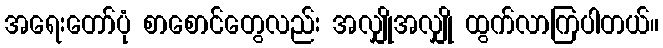
အရေးတော်ပုံ စာစောင်တွေလည်း အလျှိုအလျှို ထွက်လာကြပါတယ်။